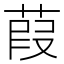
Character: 葭